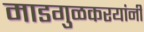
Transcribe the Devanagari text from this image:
माडगुळकरयांनी